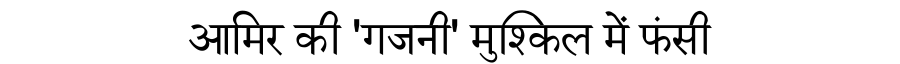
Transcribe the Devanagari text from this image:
आमिर की 'गजनी' मुश्किल में फंसी